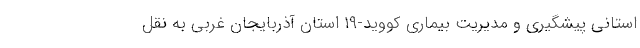
استانی پیشگیری و مدیریت بیماری کووید-۱۹ استان آذربایجان غربی به نقل